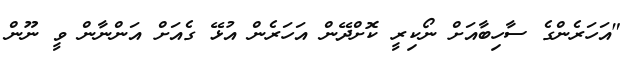
"އަހަރެންގެ ސާހިބާއަށް ނޯކިރީ ކޮށްދޭން އަހަރެން އުޅޭ ގެއަށް އަންނާން ވީ ނޫން